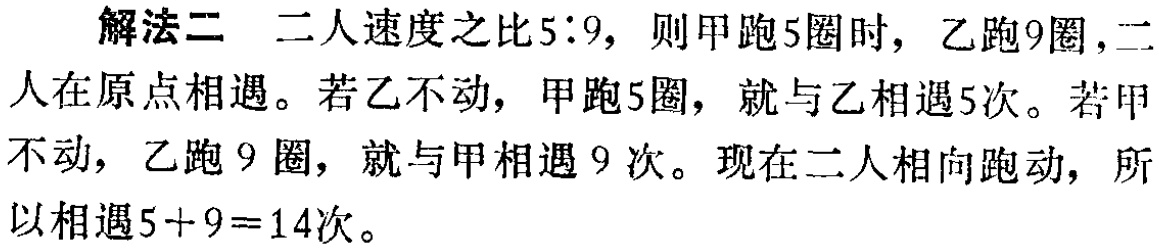
解法二 二人速度之比$5:9$，则甲跑$5$圈时，乙跑$9$圈，二人在原点相遇。若乙不动，甲跑$5$圈，就与乙相遇$5$次。若甲不动，乙跑$9$圈，就与甲相遇$9$次。现在二人相向跑动，所以相遇$5 + 9 = 14$次。